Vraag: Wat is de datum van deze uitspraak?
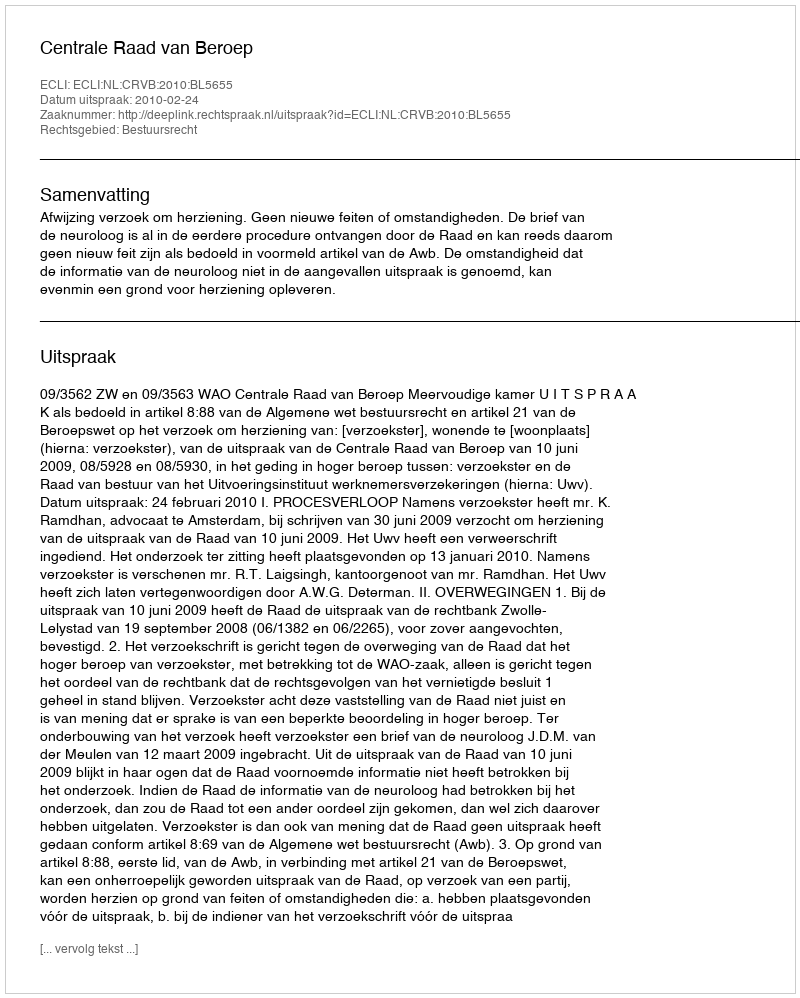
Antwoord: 2010-02-24